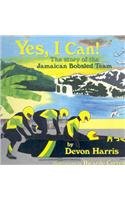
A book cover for Yes, I Can!: The Story of the Jamaican Bobsled Team; Devon Harris; Children's Books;